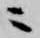
ニ